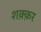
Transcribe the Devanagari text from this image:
शक़्क़र